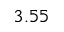
3 . 5 5